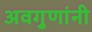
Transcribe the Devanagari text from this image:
अवगुणांनी